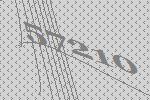
57210